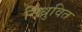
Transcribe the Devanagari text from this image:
निध्रुवित